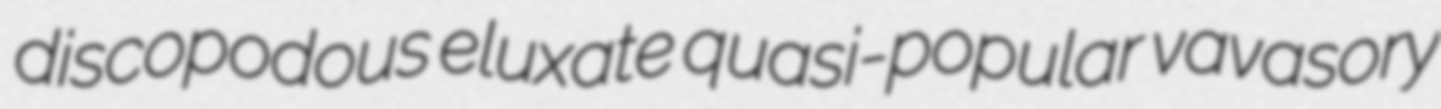
discopodous eluxate quasi-popular vavasory